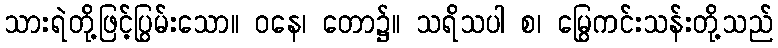
သားရဲတို့ဖြင့်ပြွမ်းသော။ ဝနေ၊ တော၌။ သရိသပါ စ၊ မြွေကင်းသန်းတို့သည်